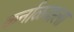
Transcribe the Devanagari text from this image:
कर्नाळयाला